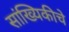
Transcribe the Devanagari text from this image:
सांख्यिकीचे